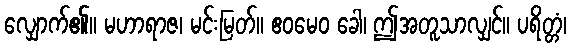
လျှောက်၏။ မဟာရာဇ၊ မင်းမြတ်။ ဧဝမေဝ ခေါ၊ ဤအတူသာလျှင်။ ပရိတ္တံ၊